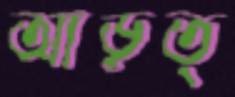
আড়ত্